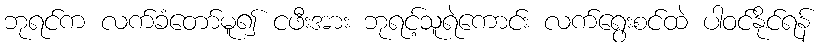
ဘုရင်က လက်ခံတော်မူ၍ ငဖီးအား ဘုရင့်သူရဲကောင်း လက်ရွေးစင်ထဲ ပါဝင်နိုင်ရန်